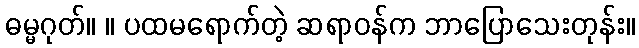
ဓမ္မဂုတ်။ ။ ပထမရောက်တဲ့ ဆရာဝန်က ဘာပြောသေးတုန်း။